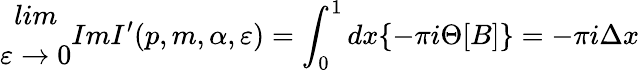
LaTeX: \begin{array}{c}{{lim}}\\ {{\varepsilon\rightarrow 0}}\end{array}ImI^{\prime}(p,m,\alpha,\varepsilon)=\int_{0}^{1}dx\{ -\pi i\Theta[B]\} =-\pi i\Delta x